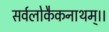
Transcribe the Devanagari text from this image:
सर्वलोकैकनाथम्।।